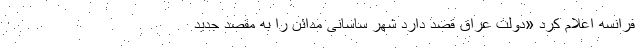
فرانسه اعلام کرد «دولت عراق قصد دارد شهر ساسانی مدائن را به مقصد جدید